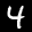
Label: 4